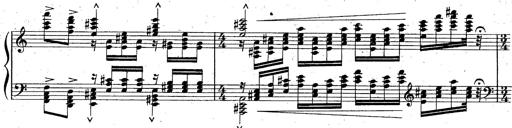
Title: God Save the Queen
Composer: Charles LÃ©on Hess
Key: A major